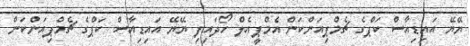
ޔޭޔޭ އައިޑިއާސް ކަޕްގެ ޗެމްޕިއަންކަން އެމްޕީއެލް ހޯދައިފި ޔޭޔޭ އައިޑިއާސް ކަޕްގެ ޗެމްޕިއަންކަން